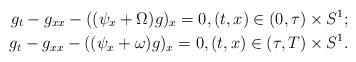
LaTeX: \begin{align*}g_t - g_{xx} - ((\psi_x + \Omega) g)_x = 0,(t, x) \in (0, \tau) \times S^1;\\g_t - g_{xx} - ((\psi_x + \omega) g)_x = 0,(t, x) \in (\tau, T) \times S^1.\end{align*}